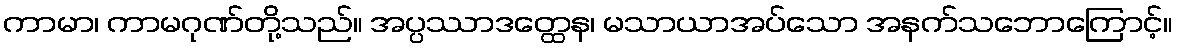
ကာမာ၊ ကာမဂုဏ်တို့သည်။ အပ္ပဿာဒတ္ထေန၊ မသာယာအပ်သော အနက်သဘောကြောင့်။